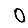
Digit: 0